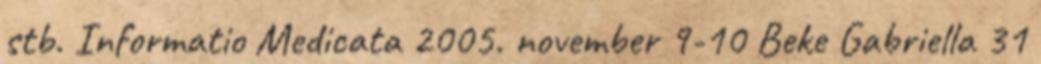
stb. Informatio Medicata 2005. november 9-10 Beke Gabriella 31